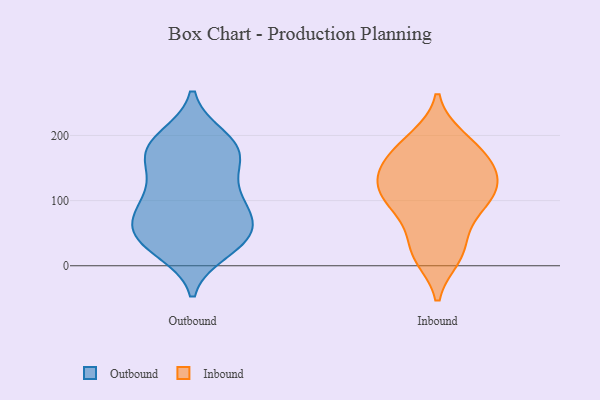
{"axis": {"x": "Production Output", "y": "Value"}, "legend": ["Inbound", "Outbound"], "data": [{"x": "", "y": 49, "type": "Outbound"}, {"x": "", "y": 23, "type": "Outbound"}, {"x": "", "y": 194, "type": "Outbound"}, {"x": "", "y": 60, "type": "Outbound"}, {"x": "", "y": 35, "type": "Outbound"}, {"x": "", "y": 125, "type": "Outbound"}, {"x": "", "y": 76, "type": "Outbound"}, {"x": "", "y": 103, "type": "Outbound"}, {"x": "", "y": 111, "type": "Outbound"}, {"x": "", "y": 57, "type": "Outbound"}, {"x": "", "y": 170, "type": "Outbound"}, {"x": "", "y": 159, "type": "Outbound"}, {"x": "", "y": 177, "type": "Outbound"}, {"x": "", "y": 86, "type": "Outbound"}, {"x": "", "y": 83, "type": "Outbound"}, {"x": "", "y": 184, "type": "Outbound"}, {"x": "", "y": 36, "type": "Outbound"}, {"x": "", "y": 163, "type": "Outbound"}, {"x": "", "y": 33, "type": "Outbound"}, {"x": "", "y": 197, "type": "Outbound"}, {"x": "", "y": 192, "type": "Inbound"}, {"x": "", "y": 143, "type": "Inbound"}, {"x": "", "y": 160, "type": "Inbound"}, {"x": "", "y": 106, "type": "Inbound"}, {"x": "", "y": 126, "type": "Inbound"}, {"x": "", "y": 173, "type": "Inbound"}, {"x": "", "y": 32, "type": "Inbound"}, {"x": "", "y": 67, "type": "Inbound"}, {"x": "", "y": 14, "type": "Inbound"}, {"x": "", "y": 105, "type": "Inbound"}, {"x": "", "y": 101, "type": "Inbound"}, {"x": "", "y": 150, "type": "Inbound"}, {"x": "", "y": 94, "type": "Inbound"}, {"x": "", "y": 196, "type": "Inbound"}, {"x": "", "y": 137, "type": "Inbound"}, {"x": "", "y": 16, "type": "Inbound"}]}